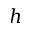
h